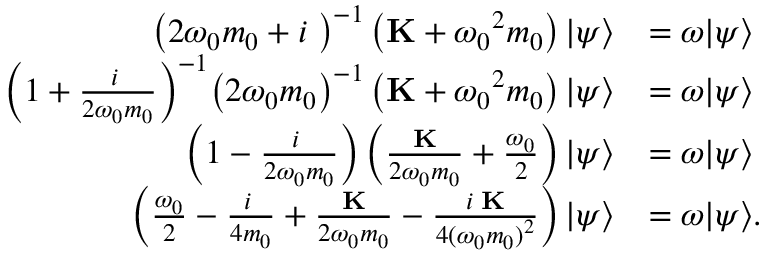
\begin{array} { r l } { { { \left( { 2 { \omega _ { 0 } } m _ { 0 } + i { \bf { \Gamma } } } \right) } ^ { - 1 } } \left( { { \bf { K } } + { \omega _ { 0 } } ^ { 2 } m _ { 0 } } \right) { \left| \psi \right\rangle } } & { = \omega { \left| \psi \right\rangle } } \\ { { { \left( { 1 + \frac { { i { \bf { \Gamma } } } } { { 2 { \omega _ { 0 } } m _ { 0 } } } } \right) } ^ { - 1 } } { { \left( { 2 { \omega _ { 0 } } } m _ { 0 } \right) } ^ { - 1 } } \left( { { \bf { K } } + { \omega _ { 0 } } ^ { 2 } m _ { 0 } } \right) { \left| \psi \right\rangle } } & { = \omega { \left| \psi \right\rangle } } \\ { \left( { 1 - \frac { { i { \bf { \Gamma } } } } { { 2 { \omega _ { 0 } } m _ { 0 } } } } \right) \left( { \frac { { \bf { K } } } { { 2 { \omega _ { 0 } } m _ { 0 } } } + \frac { { { \omega _ { 0 } } } } { 2 } } \right) { \left| \psi \right\rangle } } & { = \omega { \left| \psi \right\rangle } } \\ { \left( { \frac { { { \omega _ { 0 } } } } { 2 } - \frac { { i { \bf { \Gamma } } } } { 4 m _ { 0 } } + \frac { { \bf { K } } } { { 2 { \omega _ { 0 } } m _ { 0 } } } - \frac { { i { \bf { \Gamma } \mathbf { K } } } } { { 4 { ( \omega _ { 0 } m _ { 0 } ) } ^ { 2 } } } } \right) { \left| \psi \right\rangle } } & { = \omega { \left| \psi \right\rangle } . } \end{array}